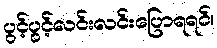
ပွင့်ပွင့်လင်းလင်းပြောရရင်၊